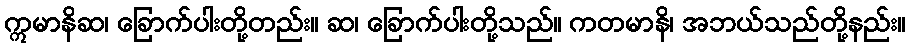
ဣမာနိဆ၊ ခြောက်ပါးတို့တည်း။ ဆ၊ ခြောက်ပါးတို့သည်။ ကတမာနိ၊ အဘယ်သည်တို့နည်း။